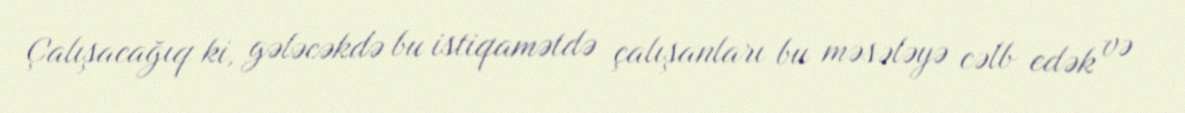
Çalışacağıq ki, gələcəkdə bu istiqamətdə çalışanları bu məsələyə cəlb edək və